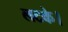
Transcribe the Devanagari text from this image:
लटके।